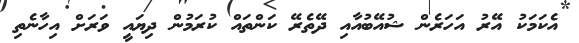
އެކަމަކު އޭރު އަހަރެން ޝުއޭބުއާއި ދޭތެރޭ ކަންތައް ކުރަމުން ދިޔައީ ވަރަށް އިހާނެތި